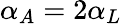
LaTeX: \alpha_{A}=2\alpha_{L}